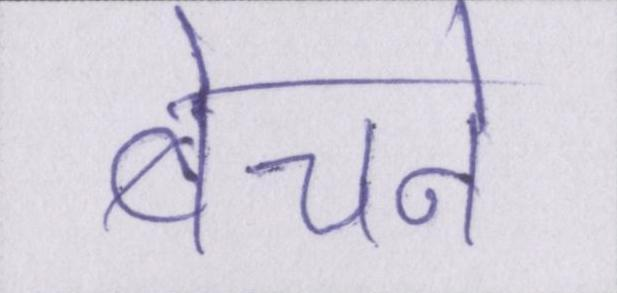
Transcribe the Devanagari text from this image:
बेचने